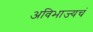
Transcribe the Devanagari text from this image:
अविभाज्यचं